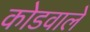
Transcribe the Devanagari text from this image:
कोडवाले